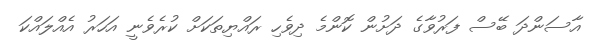
އާސަންދަ ބޭސް ފަރުވާގެ ދަށުން ކޮންމެ ދިވެހި ރައްޔިތަކަށް ކުރެވެނީ އަހަރު އެއްލައްކަ